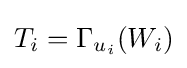
T_{i}=\Gamma _{u_{i}}(W_{i})